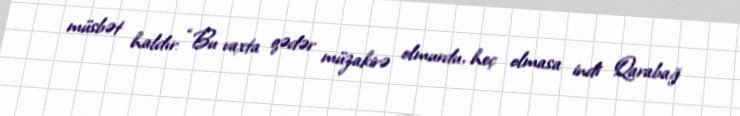
müsbət haldır: “Bu vaxta qədər müzakirə olmurdu, heç olmasa indi Qarabağ